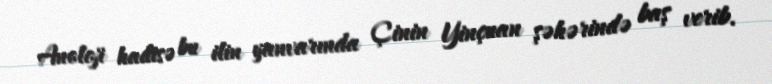
Anoloji hadisə bu ilin yanvarında Çinin Yinçuan şəhərində baş verib.